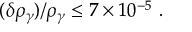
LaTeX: ( \delta \rho _ { \gamma } ) / \rho _ { \gamma } \leq 7 \times 1 0 ^ { - 5 } ~ .